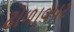
ઢોળાવપર